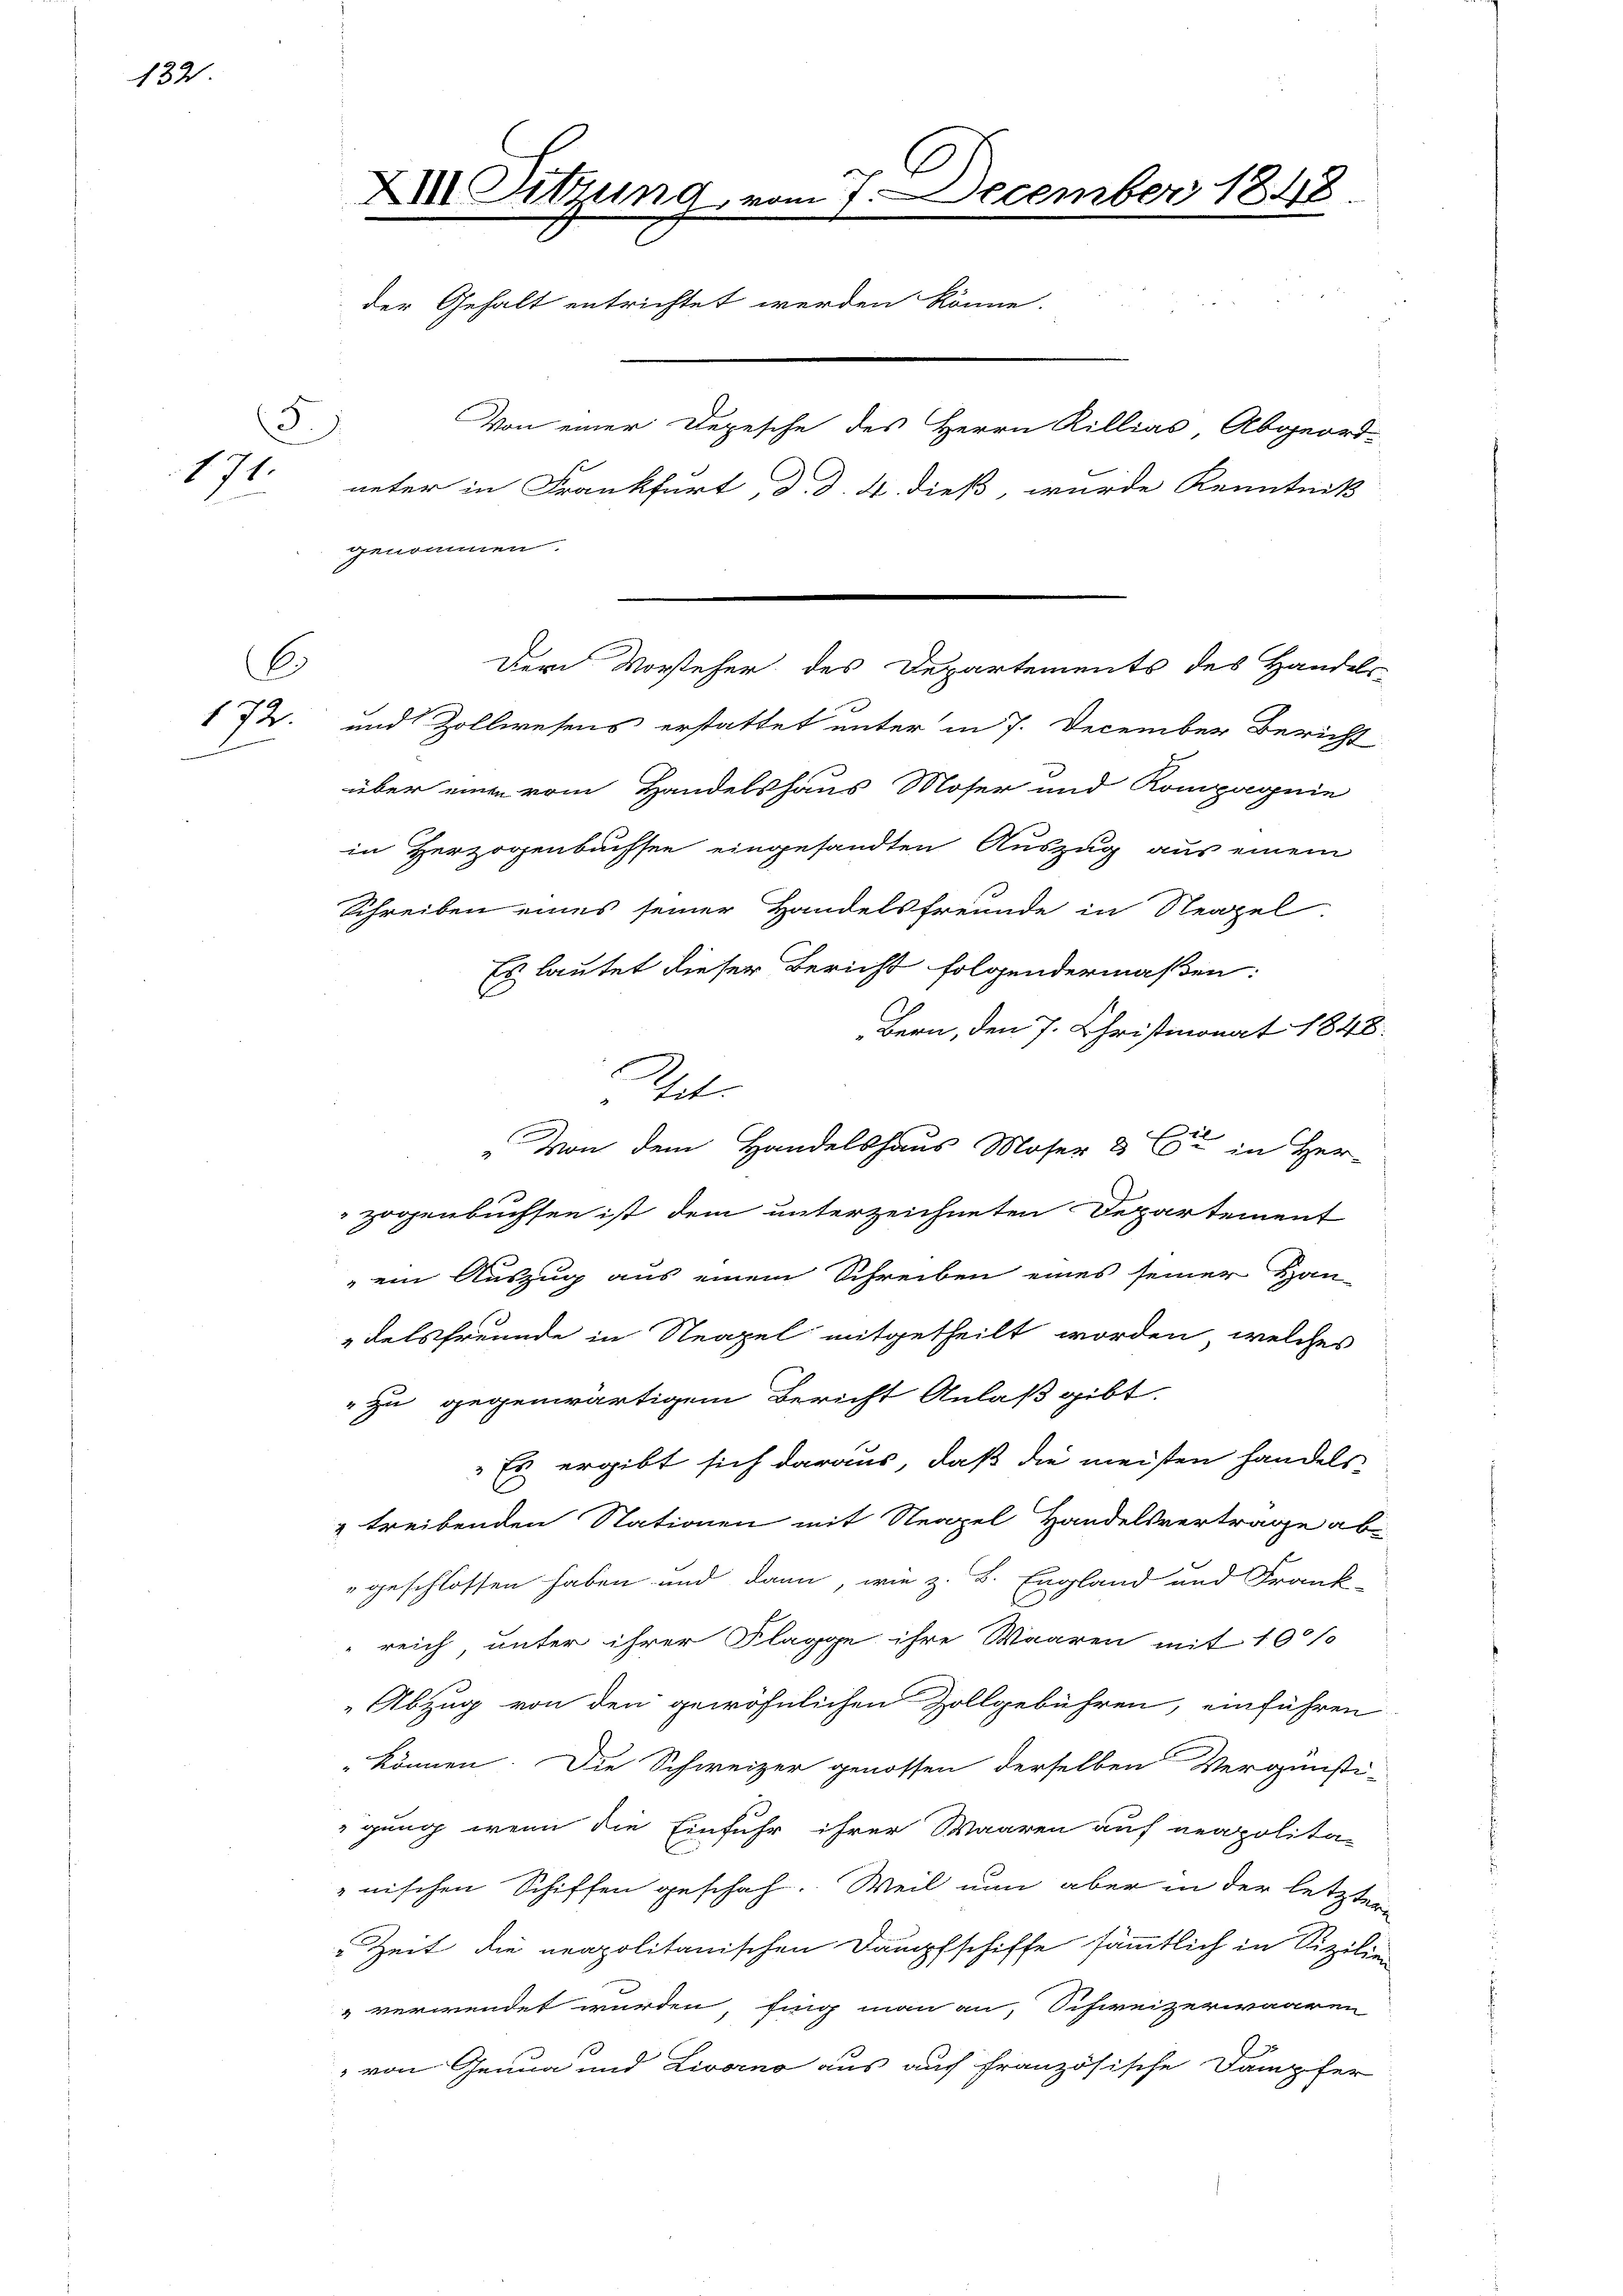
132

171.

6
172.
.

3.)

XII. Sitzung vom 7. December 1848
e
der Gehalt entrichtet werden könne.
Von einer Depesche des Herrn Rillias Abgeord-
neter in Frankfurt, d. d. 4. dieß, wurde Kenntniß
genommen.

und Zollwesens erstattet unter in 7. December Bericht
über einen vom Handelshaus Moser und Kompagnie
in Herzogenbussen eingesandten Auszug aus einem
Schreiben eines seiner Handelsfreunde in Neapel
s lautet dieser Bericht folgendermaßen:
Bern, den 7. Christmonat 1848.
tete
„Von dem Handelshaus Moser & Cie in Her-
zogenbuchsen ist dem unterzeichneten Departement
ein Auszug aus einem Schreiben eines seiner Han-
delsfreunde in Neapel mitgetheilt worden, welches
" zu gegenwärtigem Bericht Anlaß gibt.
" Es ergibt sich daraus, daß die meisten handels-
& treibenden Stationen mit Neapel Handelsvertrage abe
geschlossen haben und dann, wie z. B. England und Frank-
reich unter ihrer Flagge ihre Waaren mit 100%
Abzug von den gewöhnlichen Zollgebühren, einführen
können. Die Schweizer genossen derselben Vergünsti-
gung, wenn die Einfuhr ihrer Waaren auf neapolita-
nischen Schiffen geschah. Weil nun aber in der letztere
Zeit die neapolitanischen Dampfschiffe sämmtlich in Sizilie
 verwendet wurden, fing man an, Schweizerwaaren
von Genua und Livorno aus auf französische Dampfer

Der Vorsteher des Departements des Handels-